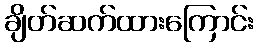
ချိတ်ဆက်ထားကြောင်း